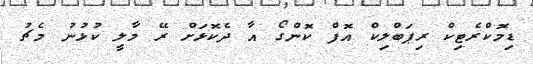
ޑިމޮކްރެޓިކް ރިޕަބްލިކް އޮފް ކޮންގޯ އާ ދެކޮޅަށް ރޭ މާލީ ކުޅުނު މެޗު